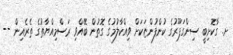
ށ. ގާކޮށިބީ ސިންގަޕޫރުގެ ކުންފުންޏަކަށް ވިއްކާލުމުގެ ގޮތުން ބޭއްވި ރަސްމިއްޔާތުގެ ތެެރެއިން --